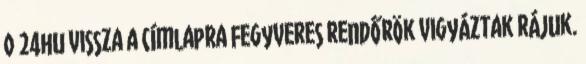
0 24hu vissza a címlapra Fegyveres rendőrök vigyáztak rájuk.